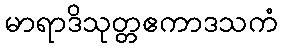
မာရာဒိသုတ္တဧကာဒသကံ